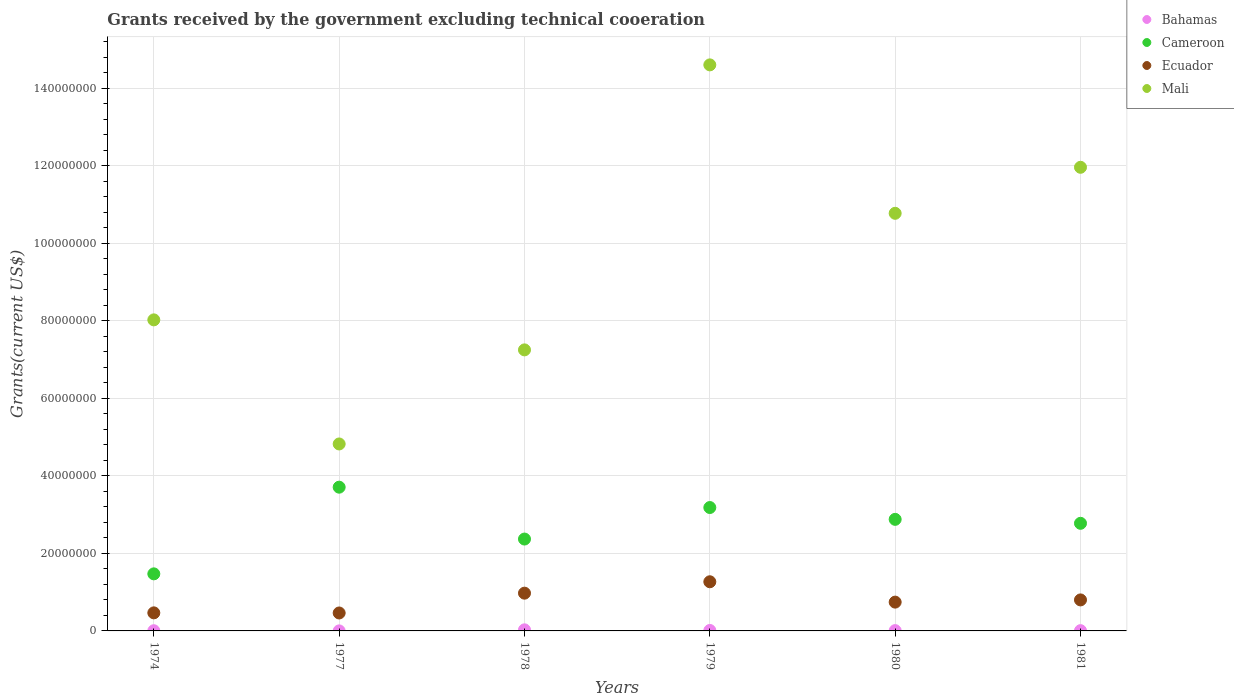
| Years | Bahamas | Cameroon | Ecuador | Mali |
 | --- | --- | --- | --- | --- |
 | 1974 | 5e+04 | 1.47e+07 | 4.66e+06 | 8.02e+07 |
 | 1977 | 1e+04 | 3.71e+07 | 4.63e+06 | 4.82e+07 |
 | 1978 | 2.8e+05 | 2.37e+07 | 9.74e+06 | 7.25e+07 |
 | 1979 | 1.2e+05 | 3.18e+07 | 1.27e+07 | 1.46e+08 |
 | 1980 | 8e+04 | 2.88e+07 | 7.43e+06 | 1.08e+08 |
 | 1981 | 7e+04 | 2.78e+07 | 8e+06 | 1.2e+08 |